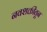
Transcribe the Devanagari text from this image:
नवशक्तीतून